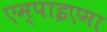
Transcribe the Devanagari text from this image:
एम्पाइएमा